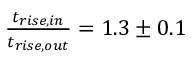
\begin{array} { r } { \frac { t _ { r i s e , i n } } { t _ { r i s e , o u t } } = 1 . 3 \pm 0 . 1 } \end{array}